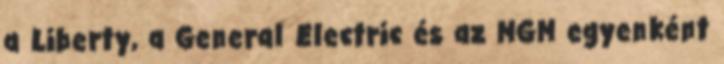
a Liberty, a General Electric és az MGM egyenként